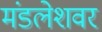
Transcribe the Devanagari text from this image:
मंडलेशवर